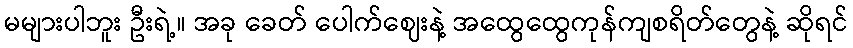
မများပါဘူး ဦးရဲ့။ အခု ခေတ် ပေါက်ဈေးနဲ့ အထွေထွေကုန်ကျစရိတ်တွေနဲ့ ဆိုရင်